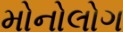
મોનોલોગ